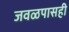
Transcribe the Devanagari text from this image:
जवळपासही